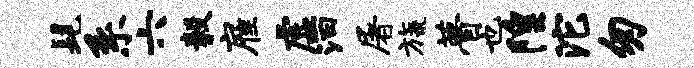
髦系六毅雇虚汩屠旒瞢也隍沱匆